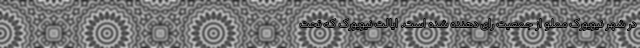
در شهر نیویورک مملو از جمعیت رای دهنده شده است. ایالت نیویورک که تحت